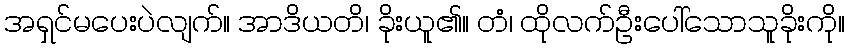
အရှင်မပေးပဲလျက်။ အာဒိယတိ၊ ခိုးယူ၏။ တံ၊ ထိုလက်ဦးပေါ်သောသူခိုးကို။